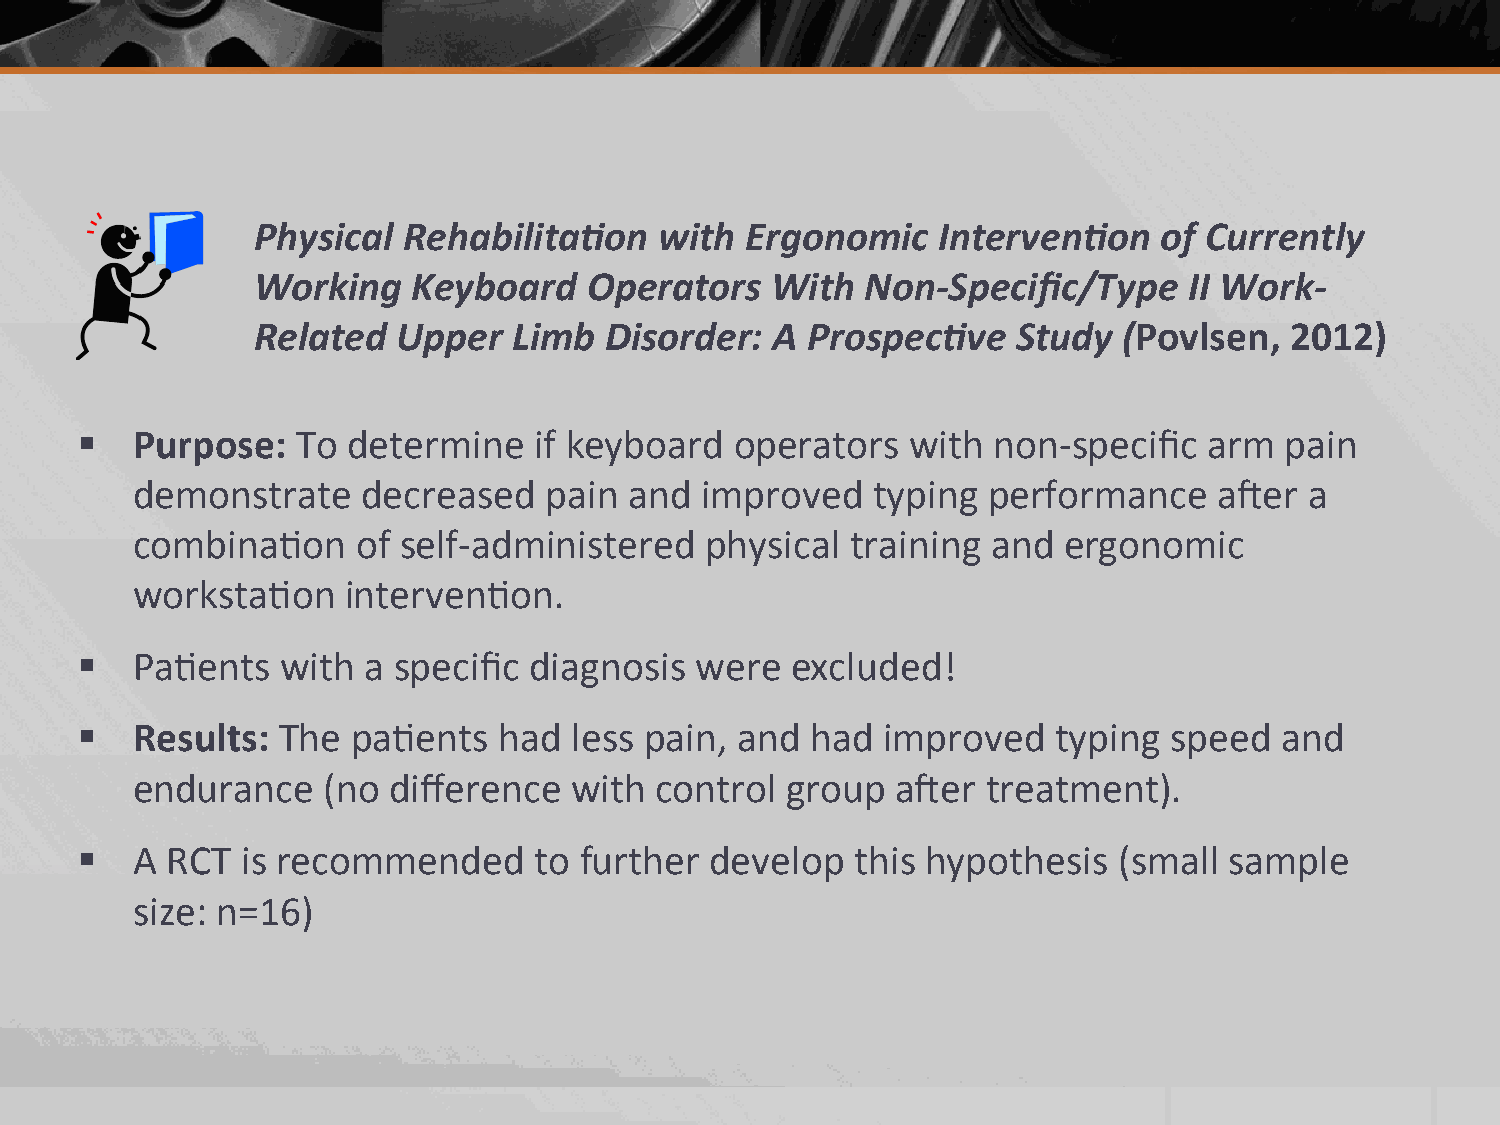
Physical  Rehabilita4on    with Ergonomic    Interven4on    of Currently
 Working   Keyboard    Operators   With  Non-­‐Specific/Type   II Work-­‐
 Related  Upper   Limb  Disorder:  A Prospec4ve    Study  (Povlsen,  2012)
 §  Purpose:   To determine   if keyboard   operators  with  non-­‐specific arm pain
 demonstrate    decreased   pain  and improved    typing performance     a;er  a
 combina2on     of self-­‐administered physical training  and ergonomic
 worksta2on    interven2on.
 §  Pa2ents   with a specific diagnosis  were  excluded!
 §  Results: The  pa2ents   had  less pain, and  had improved    typing speed   and
 endurance   (no  difference  with control  group  a;er  treatment).
 §  A RCT  is recommended     to further  develop   this hypothesis  (small sample
 size: n=16)